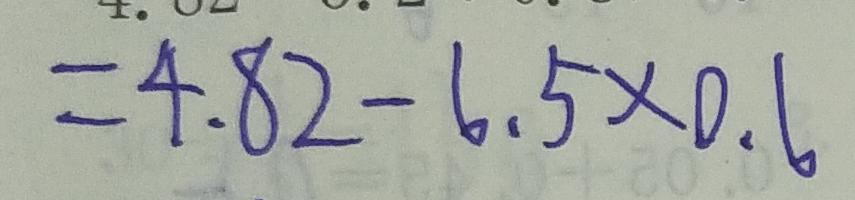
= 4 . 8 2 - 6 . 5 \times 0 . 6